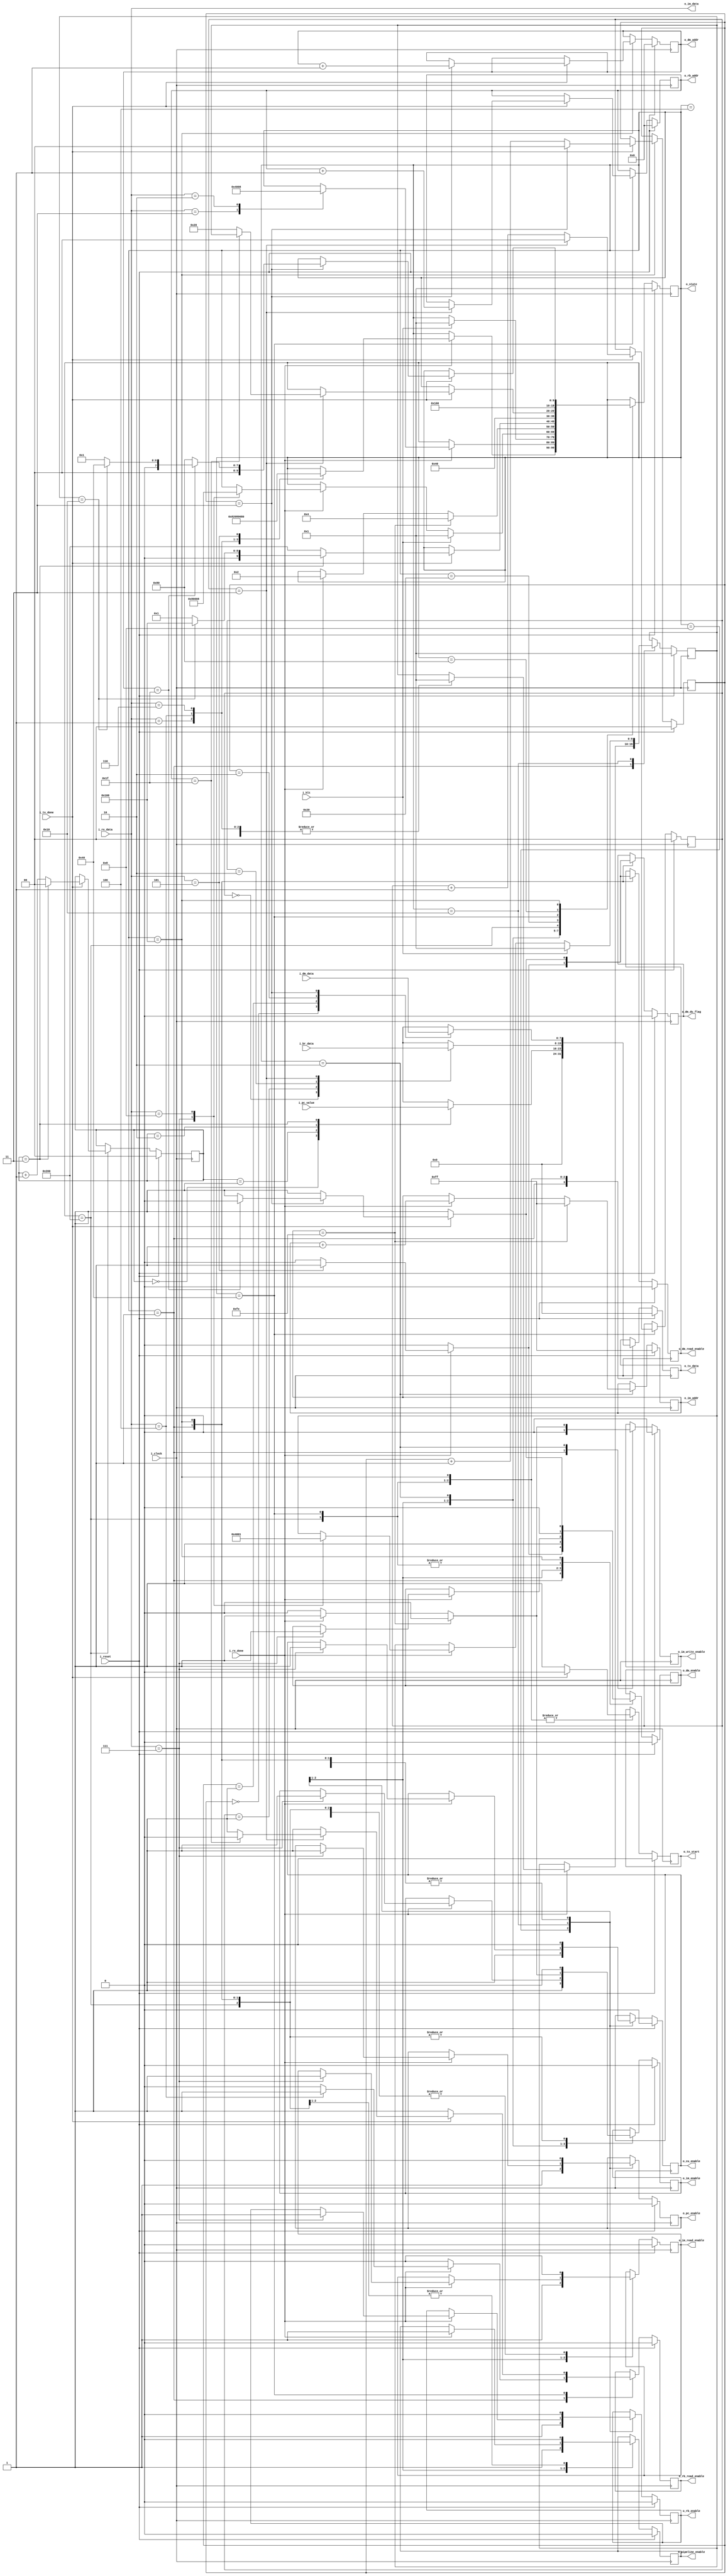
`timescale 1ns / 1ps

module debug_unit#(
    parameter NB_STATE    = 10,
    parameter NB_DATA     = 8,
    parameter NB_SIZE     = 16, // 2B x 8 b, el tamao de los datos a recibir en bits
    parameter N_SIZE      = 2,  // 2B de frame para obtener el total de los datos (size)
    parameter NB_ADDR     = 32,
    parameter NB_ADDR_RB  = 5,
    parameter NB_BYTE_CTR = 2,
    parameter NB_ADDR_DM  = 5, 
    parameter BR_SIZE     = 32,
    parameter DM_DEPTH    = 32,
    parameter DM_WIDTH    = 32,
    parameter RB_DEPTH    = 32,
    parameter IM_DEPTH    = 256,
    parameter NB_PC_CTR   = 2
)    
(
    input                   i_clock,
    input                   i_reset,
    input                   i_hlt,          // proveniente del DATAPATH
    input                   i_rx_done,      // meaning: RX tiene un byte listo para ser leido - UART
    input                   i_tx_done,      // meaning: TX ya envio el byte - UART
    input  [NB_DATA-1:0]    i_rx_data,      // from RX - UART

    input  [NB_ADDR-1:0]    i_pc_value,     // *  data read from PC 
    input  [DM_WIDTH-1:0]   i_dm_data,      // * data read from DATA MEMORY
    input  [NB_ADDR-1:0]    i_br_data,      // *  data read from BANK REGISTER
    output [NB_DATA-1:0]    o_im_data,      // *  data to write in INSTRUCTION MEMORY

    output [NB_DATA-1:0]    o_im_addr,      //  * address to write INSTRUCTION MEMORY
    output [NB_ADDR_RB-1:0] o_rb_addr,      // * address to read BANK REGISTER
    output [NB_ADDR_DM-1:0] o_dm_addr,      // * address to read DATA MEMORY

    output [NB_DATA-1:0]    o_tx_data,      // to TX - UART
    output                  o_tx_start,     // to TX - UART

    output                  o_im_write_enable, //*
    output                  o_im_read_enable,
    output                  o_im_enable, //*
    output                  o_rb_read_enable, // * 
    output                  o_rb_enable, // * Usar solo cuando se active funcionamiento normal de datapath
    output                  o_dm_enable, // *
    output                  o_dm_read_enable, // *
    output                  o_dm_du_flag, // *
    output                  o_cu_enable,
    output                  o_pc_enable, // *

    // output                  o_step_flag,
    // output                  o_step,
    output [NB_STATE-1:0]   o_state,
    output                  o_pipeline_enable
);

// States
localparam [NB_STATE-1:0] IDLE         = 10'b0000000001;
localparam [NB_STATE-1:0] WRITE_IM     = 10'b0000000010;
localparam [NB_STATE-1:0] READY        = 10'b0000000100;
localparam [NB_STATE-1:0] START        = 10'b0000001000;
localparam [NB_STATE-1:0] STEP_BY_STEP = 10'b0000010000;
localparam [NB_STATE-1:0] READ_BR      = 10'b0000100000;
localparam [NB_STATE-1:0] SEND_BR      = 10'b0001000000;
localparam [NB_STATE-1:0] READ_MEM     = 10'b0010000000;
localparam [NB_STATE-1:0] SEND_MEM     = 10'b0100000000;
localparam [NB_STATE-1:0] SEND_PC      = 10'b1000000000;

// External commands
localparam [NB_DATA-1:0] CMD_WRITE_IM       = 8'd1; // Escribir programa
localparam [NB_DATA-1:0] CMD_START          = 8'd2; // Ejecucion continua
localparam [NB_DATA-1:0] CMD_STEP_BY_STEP   = 8'd3; // Step-by-step
localparam [NB_DATA-1:0] CMD_SEND_BR        = 8'd4; // Leer bank register
localparam [NB_DATA-1:0] CMD_SEND_MEM       = 8'd5; // Leer data memory
localparam [NB_DATA-1:0] CMD_SEND_PC        = 8'd6; // Leer PC
localparam [NB_DATA-1:0] CMD_STEP           = 8'd7; // Send step
localparam [NB_DATA-1:0] CMD_CONTINUE       = 8'd8; // Continue execution >>


// FSM logic
reg [NB_STATE-1:0]      state,              next_state,     prev_state,   next_prev_state;

// INSTRUCTION MEMORY
reg [NB_DATA-1:0]       im_count,           next_im_count;          // Address a escribir
reg                     im_write_enable,    next_im_write_enable;   // Flag que habilita la escritura del IM
reg                     im_read_enable,     next_im_read_enable;
reg                     im_enable,          next_im_enable;

// DATA MEMORY
reg [NB_ADDR_DM-1:0]    count_dm_tx_done,   count_dm_tx_done_next;  // Address
reg [NB_BYTE_CTR-1:0]   count_dm_byte,      next_count_dm_byte;
reg                     dm_read_enable,     next_dm_read_enable;
reg                     dm_enable,          next_dm_enable;
reg                     dm_du_flag,         next_dm_du_flag;     // selector de address y flag de DU
// BANK REGISTER
reg [NB_ADDR_RB-1:0]    count_br_tx_done,   next_count_br_tx_done; 
reg [NB_BYTE_CTR-1:0]   count_br_byte,      next_count_br_byte;     // cuenta hasta 4 bytes
reg                     rb_read_enable,     next_rb_read_enable;
reg                     rb_enable,          next_rb_enable;

// PC
reg [NB_PC_CTR-1:0]     count_pc,           next_count_pc;
reg                     pc_enable,          next_pc_enable; // 1 -> ejecucion de datapath 0 ->  modo lectura 

// CONTROL UNIT
reg                     cu_enable,          next_cu_enable;

// TX
reg [NB_DATA-1:0]       send_data,          next_send_data;         // DM & BR -> TX
reg                     tx_start,           tx_start_next;

// STEPPER
// reg                     step_flag,          next_step_flag;
// reg                     step,               next_step;

// PIPELINE REGISTERS
reg                    pipeline_enable,     next_pipeline_enable;


// always@(negedge i_clock) begin
//     if (i_reset) begin
//         im_read_enable_delay <= 1'b0;
//         im_enable_delay <= 1'b0;
//         rb_read_enable_delay <= 1'b0;
//         rb_enable_delay <= 1'b0;
//         pipeline_enable_delay <= 1'b0;
//     end
//     else begin
//         im_read_enable_delay <= im_read_enable;
//         im_enable_delay <= im_enable_delay;
//         rb_read_enable_delay <= rb_read_enable;
//         rb_enable_delay <= rb_enable;
//         pipeline_enable_delay <= pipeline_enable;
//     end
    
// end


// Memory
always @(negedge i_clock) begin
    if(i_reset) begin
        state                   <= IDLE;
        prev_state              <= IDLE;

        // INSTRUCTION MEMORY 
        im_write_enable         <= 1'b0;
        im_read_enable          <= 1'b0;
        im_enable               <= 1'b0;
        im_count                <= 8'hff;

        // DATA MEMORY
        count_dm_tx_done        <= 5'b0;
        count_dm_byte           <= 2'b0;
        dm_enable               <= 1'b0;
        dm_read_enable          <= 1'b0;
        dm_du_flag              <= 1'b0;

        // REGISTERS BANK
        count_br_tx_done        <= 5'b0;
        count_br_byte           <= 2'b0;
        rb_enable               <= 1'b0;
        rb_read_enable          <= 1'b0;

        // PC
        pc_enable               <= 1'b0;
        count_pc                <= 2'b0;

        // CONTROL UNIT
        cu_enable               <= 1'b0;
        
        // TX
        send_data               <= 8'b0;
        tx_start                <= 1'b0;

        // STEPPER
//        step_flag               <= 1'b0;
//        step                    <= 1'b0;

        pipeline_enable         <= 1'b0;


    end
    else begin
        state               <= next_state;
        prev_state          <= next_prev_state;
        // INSTRUCTION MEMORY
        im_write_enable     <= next_im_write_enable;
        im_read_enable      <= next_im_read_enable;
        im_enable           <= next_im_enable;
        im_count            <= next_im_count;
        // DATA MEMORY
        dm_enable           <= next_dm_enable;
        dm_read_enable      <= next_dm_read_enable;
        count_dm_byte       <= next_count_dm_byte;
        count_dm_tx_done    <= count_dm_tx_done_next;
        dm_du_flag          <= next_dm_du_flag;
        // REGISTERS BANK
        rb_enable           <= next_rb_enable;
        rb_read_enable      <= next_rb_read_enable;
        count_br_byte       <= next_count_br_byte;
        count_br_tx_done    <= next_count_br_tx_done;
        tx_start            <= tx_start_next;
        // PC
        pc_enable           <= next_pc_enable;
        count_pc            <= next_count_pc;
        // step_flag           <= next_step_flag;
//        step                <= next_step;
        // CONTROL UNIT
        cu_enable           <= next_cu_enable;
        // TX
        send_data           <= next_send_data;

        pipeline_enable     <= next_pipeline_enable;

    end
end

// Next sate logic
always @(*) begin
    next_state              = state;

    next_dm_enable          = dm_enable;
    next_dm_read_enable     = dm_read_enable;
    next_dm_du_flag         = dm_du_flag;
    next_count_dm_byte      = count_dm_byte;
    count_dm_tx_done_next   = count_dm_tx_done;

    next_count_br_byte      = count_br_byte;
    next_count_br_tx_done   = count_br_tx_done;

    next_count_pc           = count_pc;
    next_pc_enable          = pc_enable;

    next_im_enable          = im_enable;
    next_im_write_enable    = im_write_enable;
    next_im_read_enable     = im_read_enable;
    next_im_count           = im_count;

    next_rb_enable          = rb_enable;
    next_rb_read_enable     = rb_read_enable;

    next_send_data          = send_data;
    next_cu_enable          = cu_enable;
    next_pipeline_enable    = pipeline_enable;
   
    tx_start_next           = tx_start;

    // next_step_flag          = step_flag;
    // next_step               = step;

    next_prev_state         = prev_state;

    case(state)
        IDLE: begin
            // next_step_flag      = 1'b0;
            // next_step           = 1'b0; // deshabilito las flags

            next_im_enable       = 1'b0;
            next_im_write_enable = 1'b0;
            next_im_read_enable  = 1'b0;

            next_rb_enable       = 1'b0;
            next_rb_read_enable  = 1'b0;

            next_dm_enable       = 1'b0;
            next_dm_read_enable  = 1'b0;
            next_dm_du_flag      = 1'b0;

            next_cu_enable       = 1'b0;
            next_pc_enable       = 1'b0;
            next_pipeline_enable = 1'b0;

            next_send_data       = 8'b0;


            if(i_rx_done) begin
                case (i_rx_data)
                    CMD_WRITE_IM:  begin
                        next_state = WRITE_IM;
                        next_prev_state = IDLE;
                    end
                    CMD_SEND_BR:begin
                        next_rb_read_enable = 1'b1; // Read enable = register bank con lectura para debug unit
                        next_rb_enable      = 1'b0; // Enable = register bank con lectura en funcionamiento normal

                        next_state = READ_BR;
                        
                        next_prev_state = IDLE;
                    end
                    CMD_SEND_PC:begin
                        next_state = SEND_PC;
                        next_prev_state = IDLE;
                    end
                    CMD_SEND_MEM:begin
                        next_dm_read_enable     = 1'b1;
                        next_dm_enable          = 1'b1;
                        next_dm_du_flag         = 1'b1; // select DU as address and read enable source

                        next_state = READ_MEM;
                        next_prev_state = IDLE;
                    end
                endcase
            end
        end
        READY: begin
            // next_step = 1'b0; // deshabilito las flags
            if(i_rx_done)begin
                case(i_rx_data)
                    CMD_STEP_BY_STEP:   next_state = STEP_BY_STEP;
                    CMD_START:          next_state = START;
                    // default:            next_state = READY;
                endcase
            end
        end
        START: begin
            // next_step_flag  = 1'b0;
            // next_step           = 1'b1; 

            next_im_enable      = 1'b1;
            next_im_read_enable = 1'b1;
            next_rb_enable      = 1'b1;
            next_dm_enable      = 1'b1;
            next_cu_enable      = 1'b1;
            next_pc_enable      = 1'b1;
            next_pipeline_enable = 1'b1;

            if(i_hlt)begin
                next_state = IDLE;
            end
        end
        STEP_BY_STEP: begin
            // next_step_flag  = 1'b1; // STOP 50MHz ckock
            // next_step           = 1'b0;

    

            if(i_rx_done)begin
                next_pipeline_enable = 1'b1;
                case (i_rx_data)
                    CMD_STEP: begin
                        next_state  = SEND_PC;
                        next_prev_state  = STEP_BY_STEP;
                        // next_step   = 1'b1;
                        next_im_enable      = 1'b1;
                        next_im_read_enable = 1'b1;
                        next_rb_enable      = 1'b1;
                        next_dm_enable      = 1'b1;
                        next_cu_enable      = 1'b1;
                        
                        next_pc_enable      = 1'b1;
                    end
                    CMD_CONTINUE: begin
                        next_state = START;
                        next_prev_state = IDLE;
                    end    
                endcase
            end

            if(i_hlt)begin
                next_state = IDLE;
                next_prev_state = IDLE;
            end
        end
        WRITE_IM: begin
            // next_step = 1'b1;
            if(im_count == 8'd254)begin
                next_state              = READY;
                next_im_enable          = 1'b0;
                next_im_read_enable     = 1'b0;
                next_im_write_enable    = 1'b0;
                next_im_count           = 8'hff;
            end
            else begin
                if(i_rx_done)begin
                    next_im_enable          = 1'b1;
                    next_im_write_enable    = 1'b1;
                    next_im_read_enable     = 1'b0;
                    next_im_count           = im_count + 1;
                    next_state              = WRITE_IM;
                end
                else begin
                    next_im_enable          = 1'b0;
                    next_im_write_enable    = 1'b0;
                    next_im_read_enable     = 1'b0;
                end
            end
        end
        SEND_PC: begin
            tx_start_next       = 1'b1;
            // next_step           = 1'b1;

            next_im_enable      = 1'b0;
            next_im_read_enable = 1'b0;
            next_rb_enable      = 1'b0;
            next_dm_enable      = 1'b0;
            next_cu_enable      = 1'b0;
            next_pc_enable      = 1'b0;
            next_pipeline_enable = 1'b0;
            

            case(count_pc)
                2'd0:   next_send_data = i_pc_value[31:24];
                2'd1:   next_send_data = i_pc_value[23:16];
                2'd2:   next_send_data = i_pc_value[15:8];
                2'd3:   next_send_data = i_pc_value[7:0];
            endcase

            if(i_tx_done)begin
                tx_start_next = 1'b0;
                if(count_pc == 2'd3)begin
                    next_pipeline_enable = 1'b0; // por que aca?
                    tx_start_next = 1'b0;
                    next_count_pc = 2'b0;
                    if(prev_state == STEP_BY_STEP)begin
                        next_state = SEND_MEM;
                    end
                    else begin
                        next_state = IDLE;
                    end
                end
                else begin
                    next_count_pc = count_pc + 1;
                    next_state = SEND_PC;
                end
            end
        end
        READ_BR: begin
            next_state = SEND_BR;
        end
        SEND_BR: begin
            next_rb_read_enable = 1'b1; // Read enable = register bank con lectura para debug unit
            next_rb_enable      = 1'b0; // Enable = register bank con lectura en funcionamiento normal
            
            tx_start_next       = 1'b1;
            // next_step           = 1'b1;
            // next_step_flag      = 1'b0; // Se alimenta el datapath con clk de 50MHz

            //disable all except br
            next_pc_enable      = 1'b0;
            next_cu_enable      = 1'b0;
            // next_pipeline_enable = 1'b1; //0
            next_dm_enable      = 1'b0;

            case(next_count_br_byte)
                2'd0:   next_send_data = i_br_data[31:24];
                2'd1:   next_send_data = i_br_data[23:16];
                2'd2:   next_send_data = i_br_data[15:8];
                2'd3:   next_send_data = i_br_data[7:0];
            endcase

            if(i_tx_done)begin
                next_count_br_byte = next_count_br_byte + 1;
                tx_start_next = 1'b0;

                if(count_br_byte == 2'd3)begin
                    next_count_br_tx_done   = count_br_tx_done + 1; // BR address
                    next_count_br_byte      = 2'd0;
                    next_state              = READ_BR;

                    if(count_br_tx_done == RB_DEPTH-1)begin
                        next_rb_read_enable  = 1'b0;
                        tx_start_next        = 1'b0;
                        next_state           = prev_state;
                        tx_start_next        = 1'b0;                    
                    end
                end
            end
        end
        READ_MEM:begin
            next_state = SEND_MEM;
        end
        SEND_MEM: begin
            next_dm_read_enable     = 1'b1;
            next_dm_enable          = 1'b1;
            next_dm_du_flag         = 1'b1; // select DU as address and read enable source
            
            tx_start_next           = 1'b1;
            // next_step               = 1'b1;
            // next_step_flag          = 1'b0;

            // disable all except dm 
            next_im_enable      = 1'b0;
            next_im_read_enable = 1'b0;
            next_rb_enable      = 1'b0;
            next_cu_enable      = 1'b0;
            next_pc_enable      = 1'b0;
            // next_pipeline_enable = 1'b1; // 0

            case(next_count_dm_byte)
                2'd0:   next_send_data = i_dm_data[31:24];
                2'd1:   next_send_data = i_dm_data[23:16];
                2'd2:   next_send_data = i_dm_data[15:8];
                2'd3:   next_send_data = i_dm_data[7:0];
            endcase

            if(i_tx_done)begin
                next_count_dm_byte = next_count_dm_byte + 1;
                tx_start_next = 1'b0;
                
                if(count_dm_byte == 2'd3)begin
                    count_dm_tx_done_next = count_dm_tx_done + 1;
                    next_count_dm_byte = 2'd0;
                    next_state = READ_MEM;

                    if(count_dm_tx_done == DM_DEPTH-1)begin
                        next_dm_read_enable  = 1'b0;
                        next_dm_enable       = 1'b0;
                        next_dm_du_flag      = 1'b0;
                        tx_start_next        = 1'b0;

                        if(prev_state == STEP_BY_STEP) begin
                            next_state = SEND_BR;
                        end
                        else begin
                            next_state = IDLE;
                        end
                    end
                end
            end
        end
    endcase
end

// INSTRUCTION MEMORY
assign o_im_enable          = im_enable;
assign o_im_write_enable    = im_write_enable;
assign o_im_read_enable     = im_read_enable;
assign o_im_data            = i_rx_data;
assign o_im_addr            = im_count;

// DATA MEMORY
assign o_dm_enable          = dm_enable;
assign o_dm_read_enable     = dm_read_enable;
assign o_dm_du_flag         = dm_du_flag;
assign o_dm_addr            = count_dm_tx_done; // Cada vez que haya un tx_done, se avanza +1 address

// REGISTER BANK
assign o_rb_enable          = rb_enable;
assign o_rb_read_enable     = rb_read_enable;
assign o_rb_addr            = count_br_tx_done;

// PC
assign o_pc_enable          = pc_enable;

// CONTROL UNIT
assign o_cu_enable          = cu_enable;

// TX
assign o_tx_data            = send_data;
assign o_tx_start           = tx_start;

// STEPPER
// assign o_step_flag          = step_flag;
// assign o_step               = step;

// STATE
assign o_state              = state;

// PIPELINE REGISTERS
assign o_pipeline_enable = pipeline_enable;

endmodule